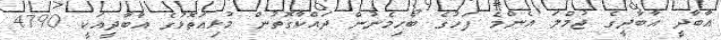
އާބާދީ އާބާދީގެ ޖުމްލަ އެންމެ ފަހުގެ ބޯހިމެނުން ދައްކާގޮތުން މުޅިއަތޮޅުގެ އާބާދީއަކީ 4790